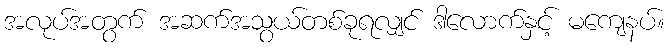
အလုပ်အတွက် အဆက်အသွယ်တစ်ခုရလျှင် ဒါလောက်နှင့် မကျေနပ်။